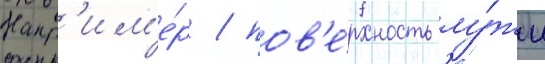
Напр'им'е́р / пов'е́рхность лу́жи